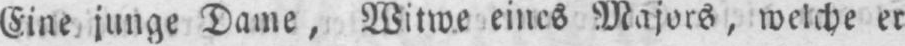
Eine junge Dame, Witwe eines Majors, welche er